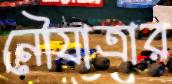
নৌযাত্রার